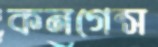
কনগেন্স